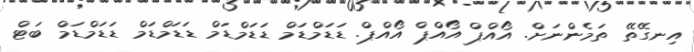
އިނގޭތޭ ތަމެންނަށް. އޯއްޕް އޯއްޕް އޯއްޕް. ޑަޑަމްޑަމް ޑަޑަމްޑަމް ޑަޑަމްޑަމް ޑަޑަމްޑަމް ބަޓް